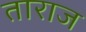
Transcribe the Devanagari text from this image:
ताराज